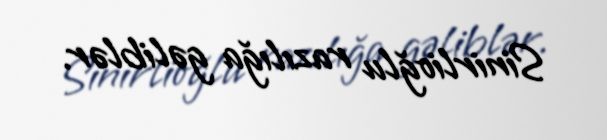
Sinirlioğlu razılığa gəliblər.